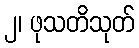
၂၊ ဖုသတိသုတ်